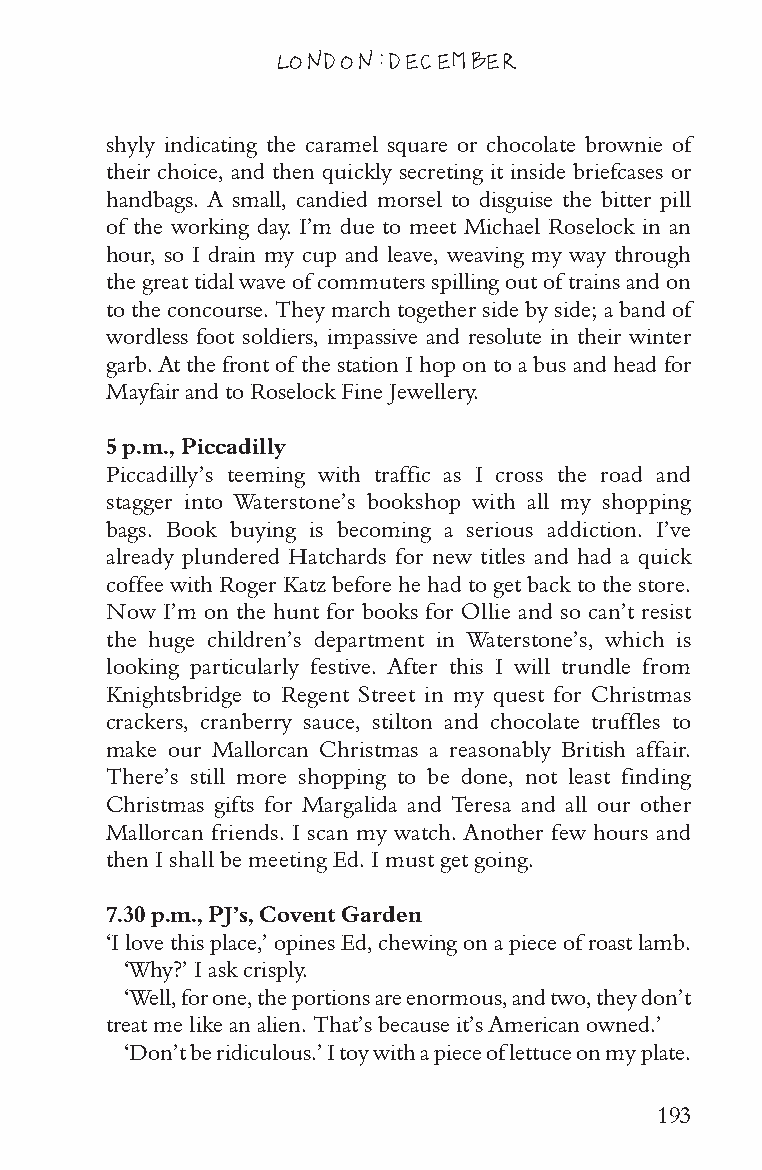
LONDON: DECEMBER
 shyly indicating the caramel square or chocolate brownie of
 their choice, and then quickly secreting it inside briefcases or
 handbags. A small, candied morsel to disguise the bitter pill
 of the working day. I’m due to meet Michael Roselock in an
 hour, so I drain my cup and leave, weaving my way through
 the great tidal wave of commuters spilling out of trains and on
 to the concourse. They march together side by side; a band of
 wordless foot soldiers, impassive and resolute in their winter
 garb. At the front of the station I hop on to a bus and head for
 Mayfair and to Roselock Fine Jewellery.
 5 p.m., Piccadilly
 Piccadilly’s teeming with traffic as I cross the road and
 stagger into Waterstone’s bookshop with all my shopping
 bags. Book buying is becoming a serious addiction. I’ve
 already plundered Hatchards for new titles and had a quick
 coffee with Roger Katz before he had to get back to the store.
 Now I’m on the hunt for books for Ollie and so can’t resist
 the huge children’s department in Waterstone’s, which is
 looking particularly festive. After this I will trundle from
 Knightsbridge to Regent Street in my quest for Christmas
 crackers, cranberry sauce, stilton and chocolate truffles to
 make our Mallorcan Christmas a reasonably British affair.
 There’s still more shopping to be done, not least finding
 Christmas gifts for Margalida and Teresa and all our other
 Mallorcan friends. I scan my watch. Another few hours and
 then I shall be meeting Ed. I must get going.
 7.30 p.m., PJ’s, Covent Garden
 ‘I love this place,’ opines Ed, chewing on a piece of roast lamb.
 ‘Why?’ I ask crisply.
 ‘Well, for one, the portions are enormous, and two, they don’t
 treat me like an alien. That’s because it’s American owned.’
 ‘Don’t be ridiculous.’ I toy with a piece of lettuce on my plate.
 193